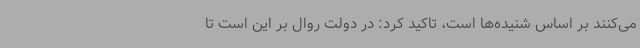
می‌کنند بر اساس شنیده‌ها است، تاکید کرد: در دولت روال بر این است تا